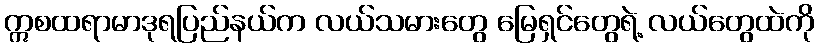
ဣစထရာမာဒုရပြည်နယ်က လယ်သမားတွေ မြေရှင်တွေရဲ့ လယ်တွေထဲကို